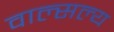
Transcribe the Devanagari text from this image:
वाल्सल्य